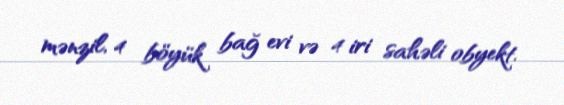
mənzil, 4 böyük bağ evi və 4 iri sahəli obyekt.